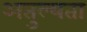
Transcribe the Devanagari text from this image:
अतुल्यता